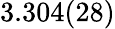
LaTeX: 3.304(28)